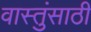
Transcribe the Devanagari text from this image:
वास्तुंसाठी